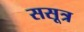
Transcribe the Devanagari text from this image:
ससूत्र